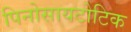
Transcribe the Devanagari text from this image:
पिनोसायटोटिक